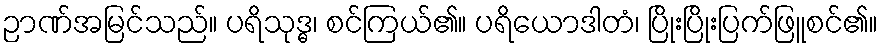
ဉာဏ်အမြင်သည်။ ပရိသုဒ္ဓ၊ စင်ကြယ်၏။ ပရိယောဒါတံ၊ ပြိုးပြိုးပြက်ဖြူစင်၏။